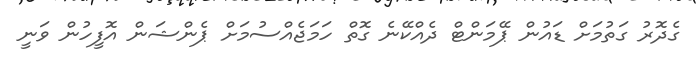
ގެދޮރު ގަތުމަށް ޑައުން ޕޭމަންޓް ދެއްކޭނެ ގޮތް ހަމަޖެއްސުމަށް ޕެންޝަން އޮފީހުން ވަނީ